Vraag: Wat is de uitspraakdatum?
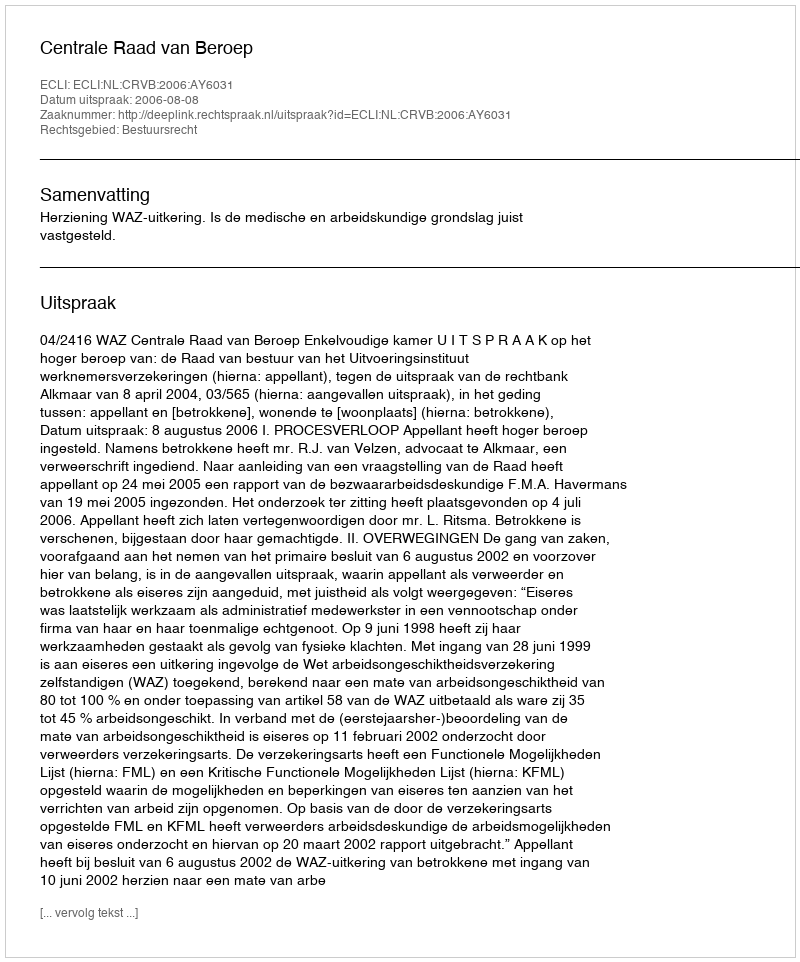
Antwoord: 2006-08-08